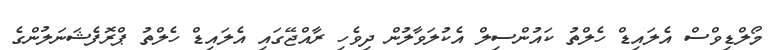
މޯލްޑިވްސް އެލައިޑް ހެލްތު ކައުންސިލް އެކުލަވާލުން ދިވެހި ރާއްޖޭގައި އެލައިޑް ހެލްތު ޕްރޮފެޝަނަލުންގެ